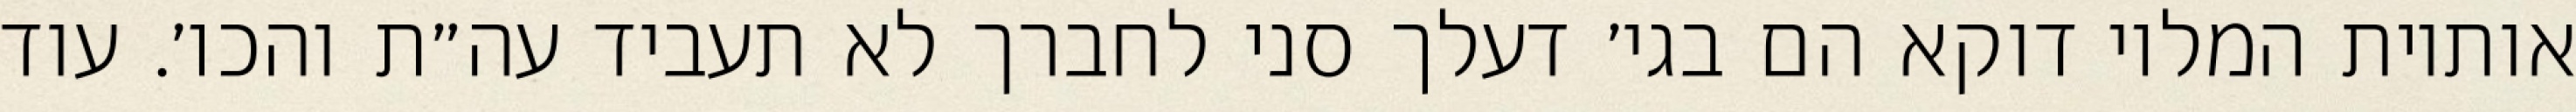
אותיות המלוי דוקא הם בגי׳ דעלך סני לחברך לא תעביד עה״ת והכו׳. עוד